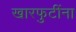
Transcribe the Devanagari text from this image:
खारफुटींना